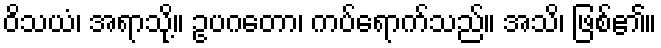
ဝိသယံ၊ အရာသို့။ ဥပဂတော၊ ကပ်ရောက်သည်။ အသိ၊ ဖြစ်၏။